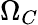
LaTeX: \Omega_{C}